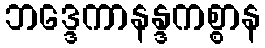
ဘဒ္ဒေကာနန္ဒကစ္စာန